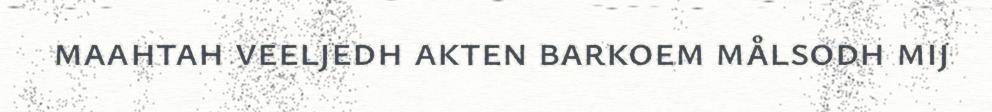
maahtah veeljedh akten barkoem målsodh mij